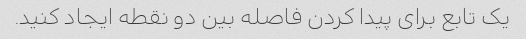
یک تابع برای پیدا کردن فاصله بین دو نقطه ایجاد کنید.